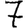
Digit: 7